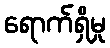
ရောက်ရှိမှု